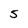
Character: 5